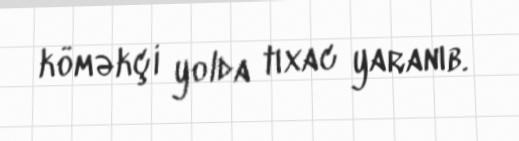
köməkçi yolda tıxac yaranıb.